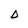
Character: D